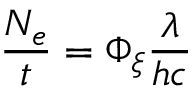
{ \frac { N _ { e } } { t } } = \Phi _ { \xi } { \frac { \lambda } { h c } }